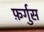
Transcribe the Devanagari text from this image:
फ़र्गुस